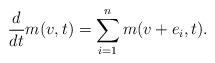
LaTeX: \begin{align*}\frac{d}{dt} m(v, t) = \sum_{i=1}^n m(v+e_i, t).\end{align*}